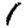
Digit: 1